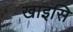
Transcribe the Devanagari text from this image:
खाइसि